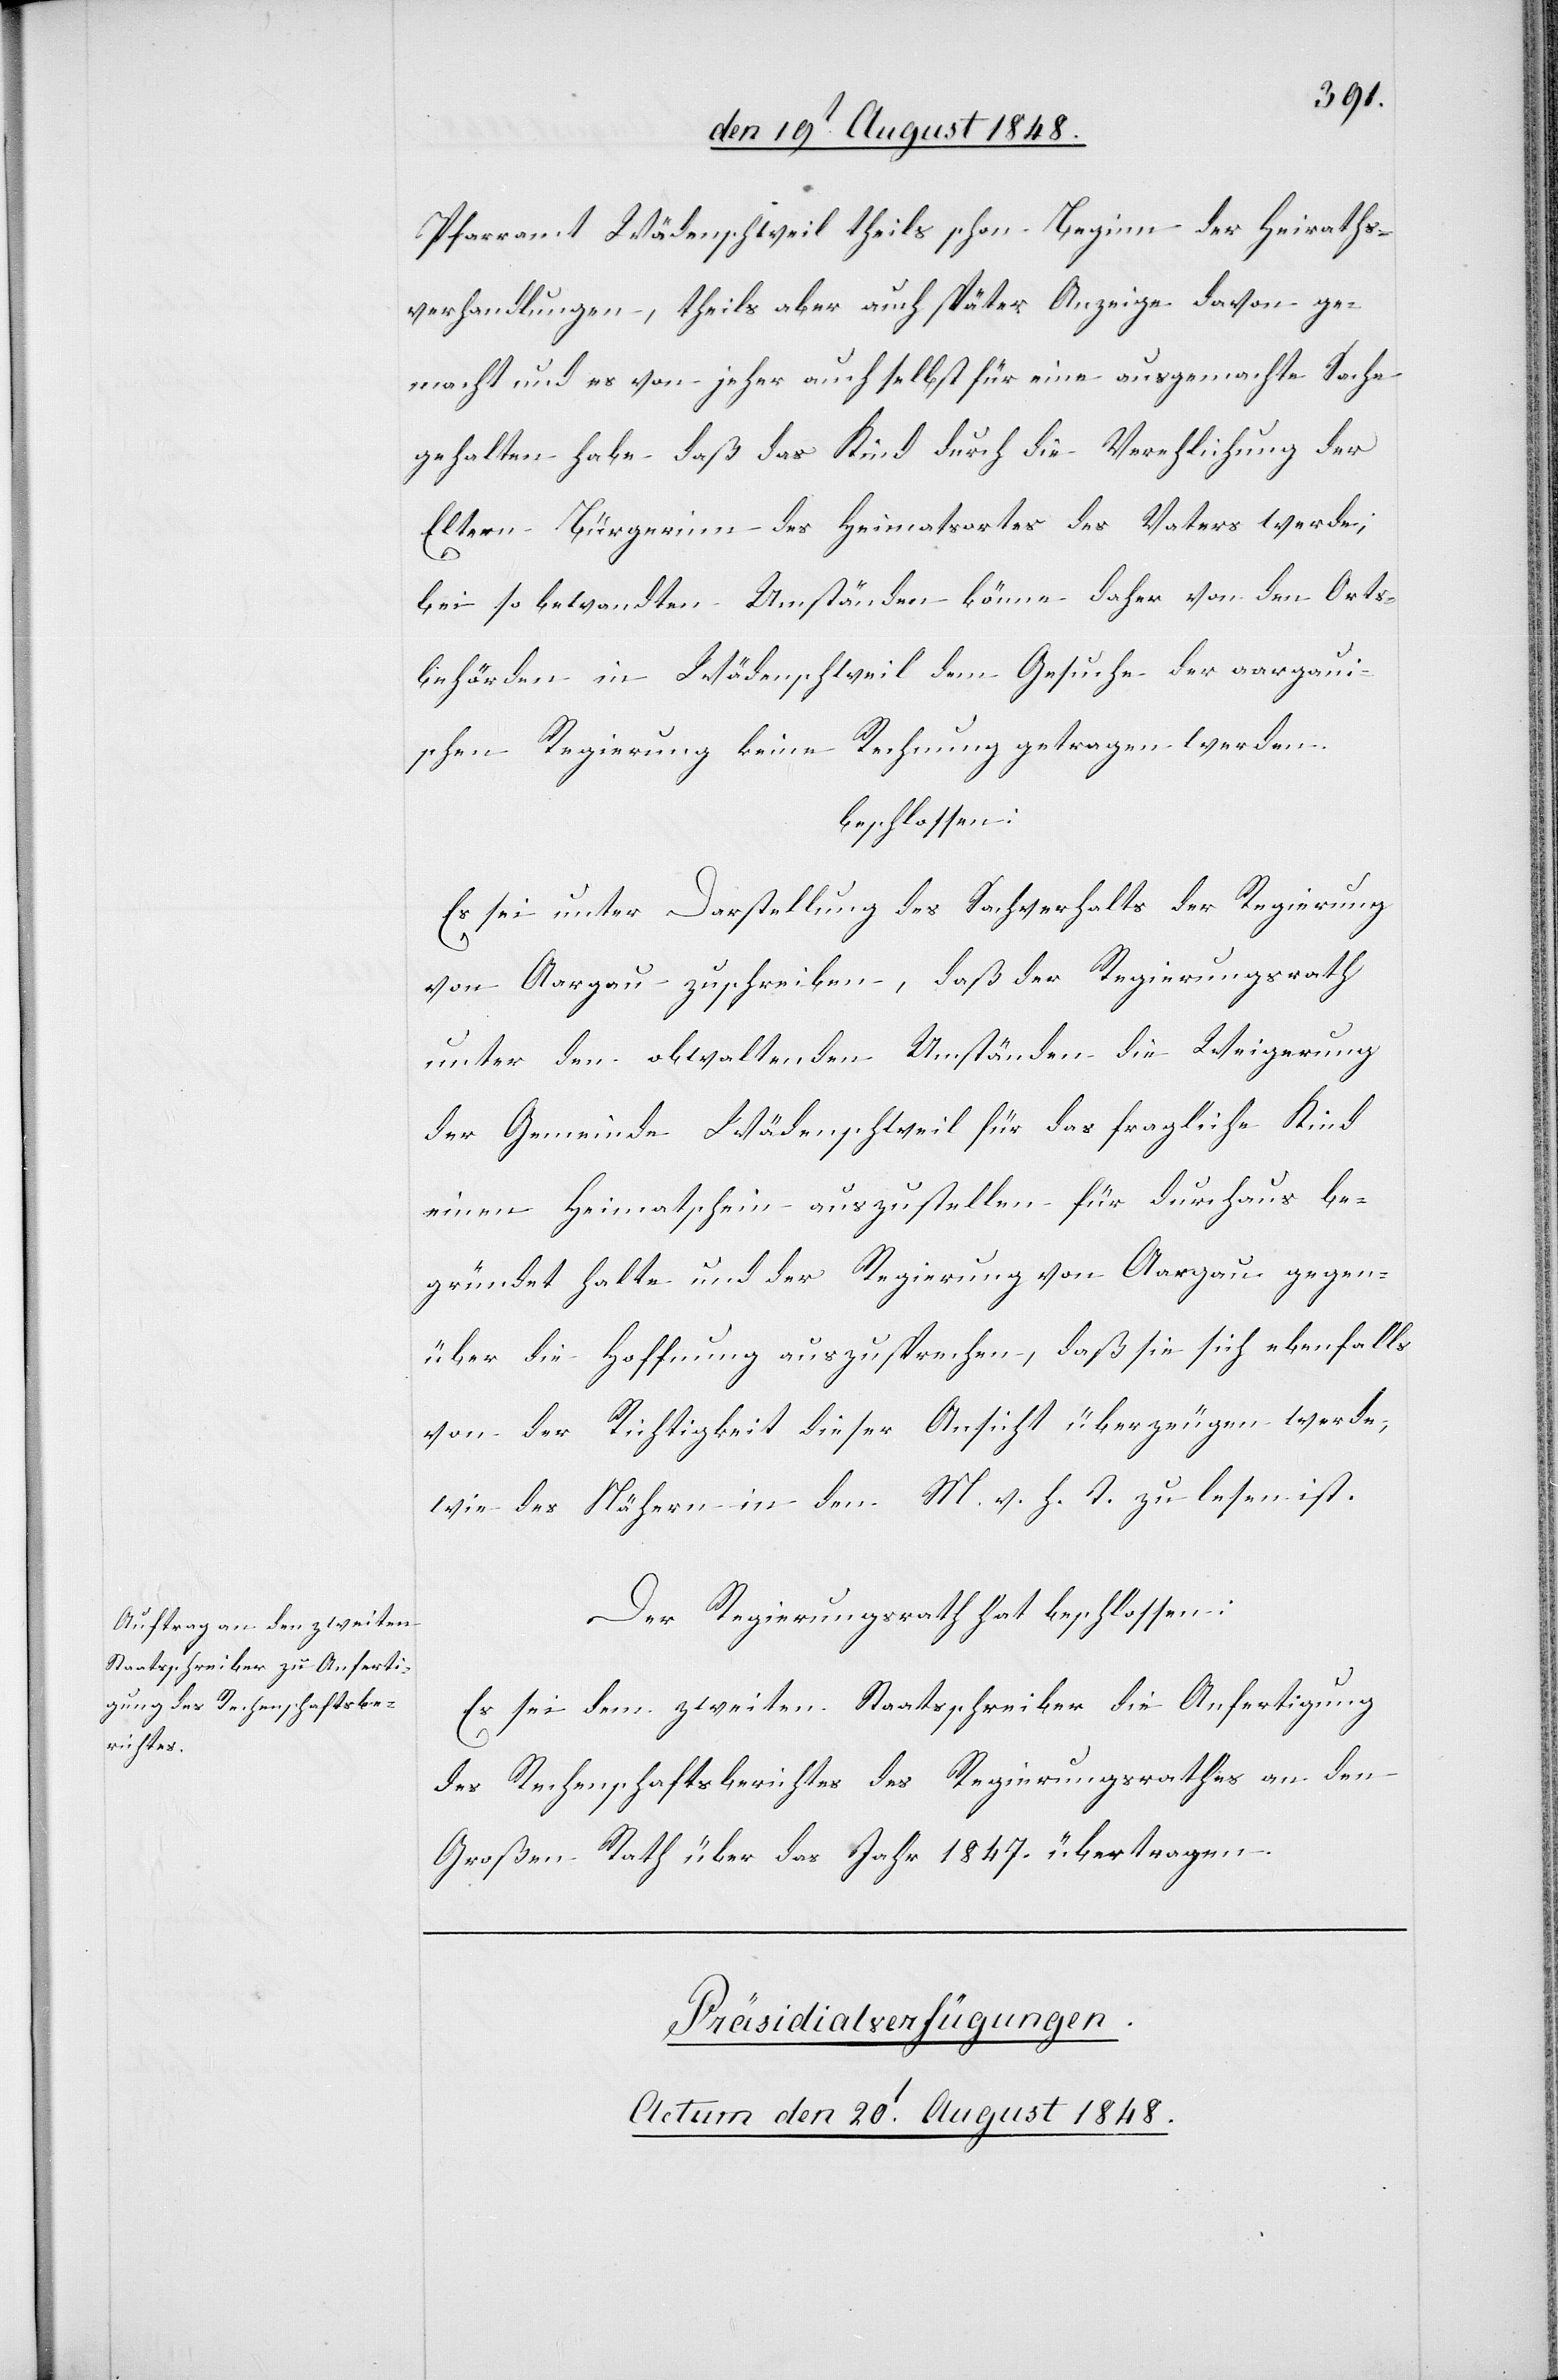
Pfarramt Wädenschweil theils schon Beginn der Heiraths¬
verhandlungen, theils aber auch später Anzeige davon ge¬
macht und es von jeher auch selbst für eine ausgemachte Sache
gehalten habe daß das Kind durch die Verehlichung der
Eltern Bürgerinn des Heimatortes des Vaters werde;
bei so bewandten Umständen könne daher von den Orts¬
behörden in Wädenschweil dem Gesuch der aargaui¬
schen Regierung keine Rechnung getragen werden.
beschlossen:
Es sei unter Darstellung des Sachverhalts der Regierung
von Aargau zu schreiben, daß der Regierungsrath
unter den obwaltenden Umständen die Weigerung
der Gemeinde Wädenschweil für das fragliche Kind
einen Heimatschein auszustellen für durchaus be¬
gründet halte und der Regierung von Aargau gegen¬
über die Hoffnung auszusprechen, daß sie sich ebenfalls
von der Richtigkeit dieser Ansicht überzeugen werde,
wie des Nähern in den M. v. h. T. zu lesen ist.
Der Regierungsrath hat beschlossen:
Es sei dem zweiten Staatsschreiber die Anfertigung
des Rechenschaftsberichtes des Regierungsrathes an den
Großen Rath über das Jahr 1847. übertragen.
Präsidialverfügungen.
Actum den 20t August 1848.